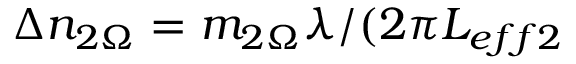
\Delta n _ { 2 \Omega } = m _ { 2 \Omega } \lambda / ( 2 \pi L _ { e f f 2 }